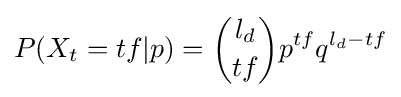
P(X_{t}=tf|p)={\binom {l_{d}}{tf}}p^{tf}q^{{l_{d}}-tf}